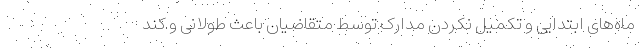
ماه‌های ابتدایی و تکمیل نکردن مدارک توسط متقاضیان باعث طولانی و کند